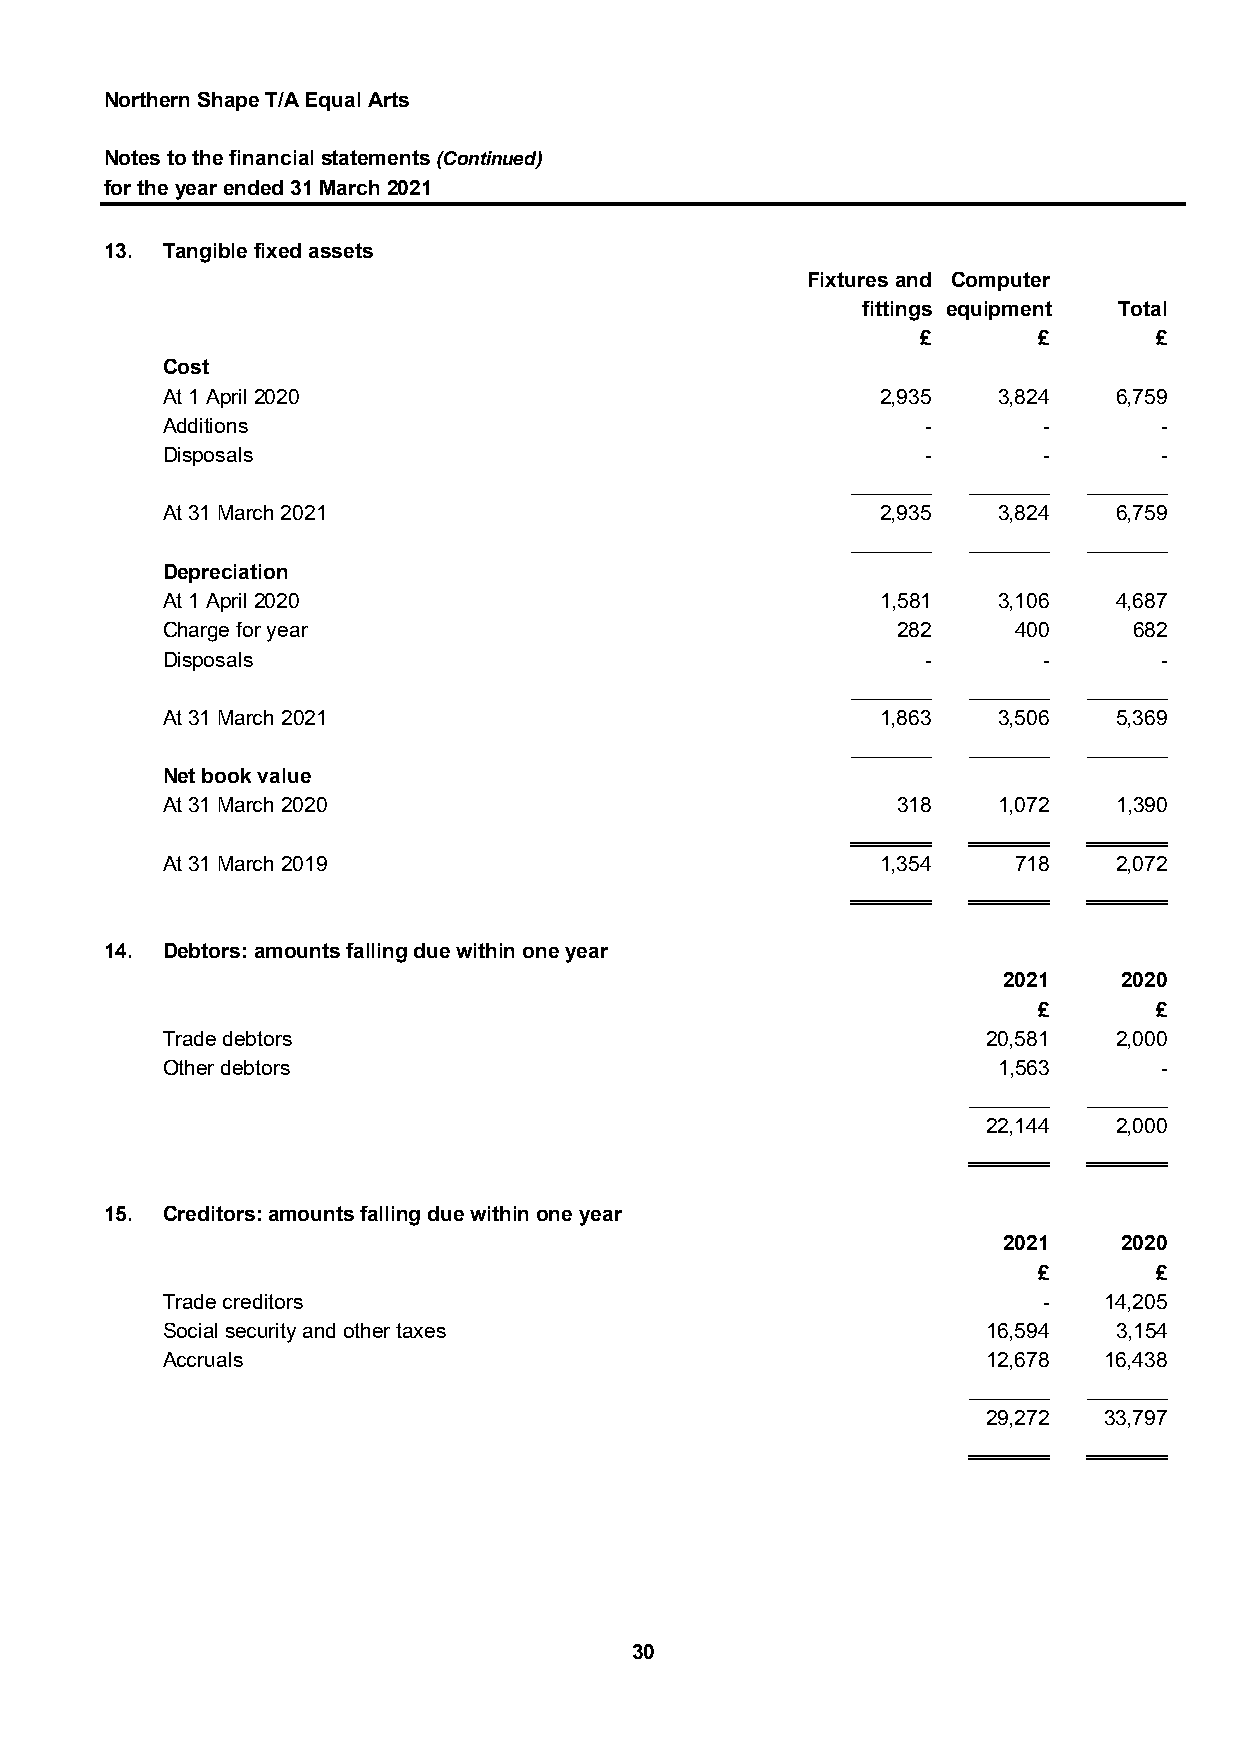
Northern Shape T/A Equal Arts
 Notes to the financial statements (Continued)
 for the year ended 31 March 2021
 13. Tangible fixed assets
 Fixtures and Computer
 fittings equipment Total
 £       £      £
 Cost
 At 1 April 2020                                2,935   3,824   6,759
 Additions                                         -       -       -
 Disposals                                         -       -       -
 _______ _______ _______
 At 31 March 2021                               2,935   3,824   6,759
 _______ _______ _______
 Depreciation
 At 1 April 2020                                1,581   3,106   4,687
 Charge for year                                 282     400     682
 Disposals                                         -       -       -
 _______ _______ _______
 At 31 March 2021                               1,863   3,506   5,369
 _______ _______ _______
 Net book value
 At 31 March 2020                                318    1,072   1,390
 _______ _______ _______
 At 31 March 2019                               1,354    718    2,072
 _______ _______ _______
 14. Debtors: amounts falling due within one year
 2021    2020
 £      £
 Trade debtors                                         20,581   2,000
 Other debtors                                          1,563      -
 _______ _______
 22,144   2,000
 _______ _______
 15. Creditors: amounts falling due within one year
 2021    2020
 £      £
 Trade creditors                                           -   14,205
 Social security and other taxes                       16,594   3,154
 Accruals                                              12,678  16,438
 _______ _______
 29,272  33,797
 _______ _______
 30